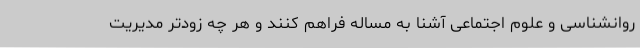
روانشناسی و علوم اجتماعی آشنا به مساله فراهم کنند و هر چه زودتر مدیریت